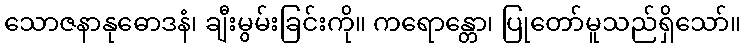
သောဇနာနုဓောဒနံ၊ ချီးမွမ်းခြင်းကို။ ကရောန္တော၊ ပြုတော်မူသည်ရှိသော်။